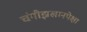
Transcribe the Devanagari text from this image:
चंगीझखानपेक्षा